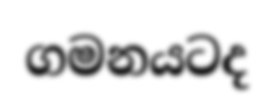
ගමනයටද